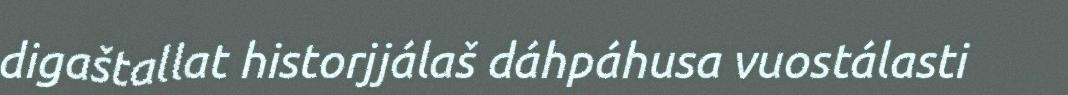
digaštallat historjjálaš dáhpáhusa vuostálasti